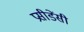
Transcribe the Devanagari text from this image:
प्रसीडेंसी